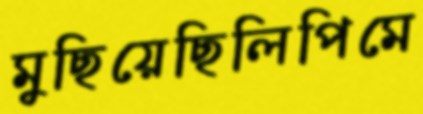
মুছিয়েছিলিপিমে